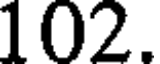
102.